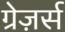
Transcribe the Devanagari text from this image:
ग्रेज़र्स